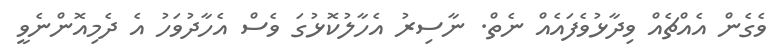
ވެގެން އެއްޗެއް ވިދާޅުވެފައެއް ނެތް. ނާސިރު އެހާލުކޮޅުގަ ވެސް އެހާދުވަހު އެ ދެމިއޮންނެވީ